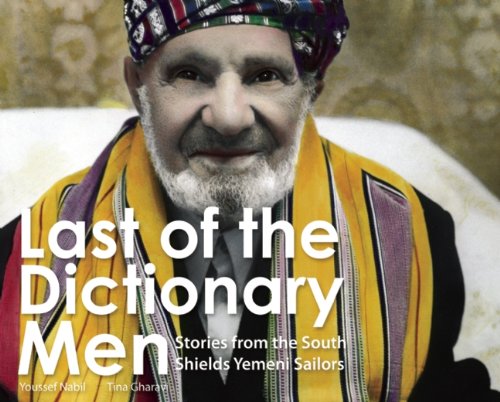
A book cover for Last Of The Dictionary Men: Stories from the South Shields Yemeni Sailors; Tina Gharavi; History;